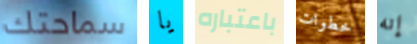
سماحتك يا باعتباره خطوات إنه